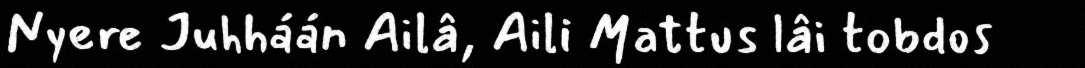
Nyere Juhháán Ailâ, Aili Mattus lâi tobdos